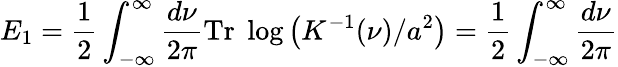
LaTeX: E_{1}=\frac 12\int_{-\infty}^{\infty}\frac{d\nu}{2\pi}\mathrm{Tr}\; \log\left(K^{-1}(\nu)/a^{2}\right)=\frac 12\int_{-\infty}^{\infty}\frac{d\nu}{2\pi}